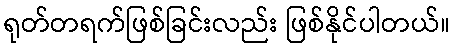
ရုတ်တရက်ဖြစ်ခြင်းလည်း ဖြစ်နိုင်ပါတယ်။